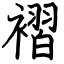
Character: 褶